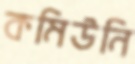
কমিউনি